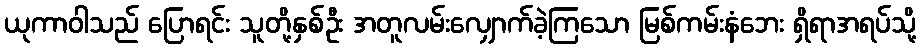
ယုကာဝါသည် ပြောရင်း သူတို့နှစ်ဦး အတူလမ်းလျှောက်ခဲ့ကြသော မြစ်ကမ်းနံဘေး ရှိရာအရပ်သို့